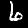
Label: 6